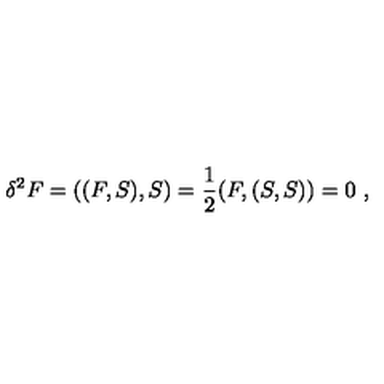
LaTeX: \delta ^ { 2 } F = ( ( F , S ) , S ) = \frac { 1 } { 2 } ( F , ( S , S ) ) = 0 \ ,